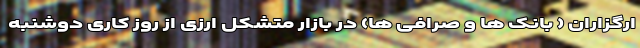
ارگزاران ( بانک ها و صرافی ها) در بازار متشکل ارزی از روز کاری دوشنبه